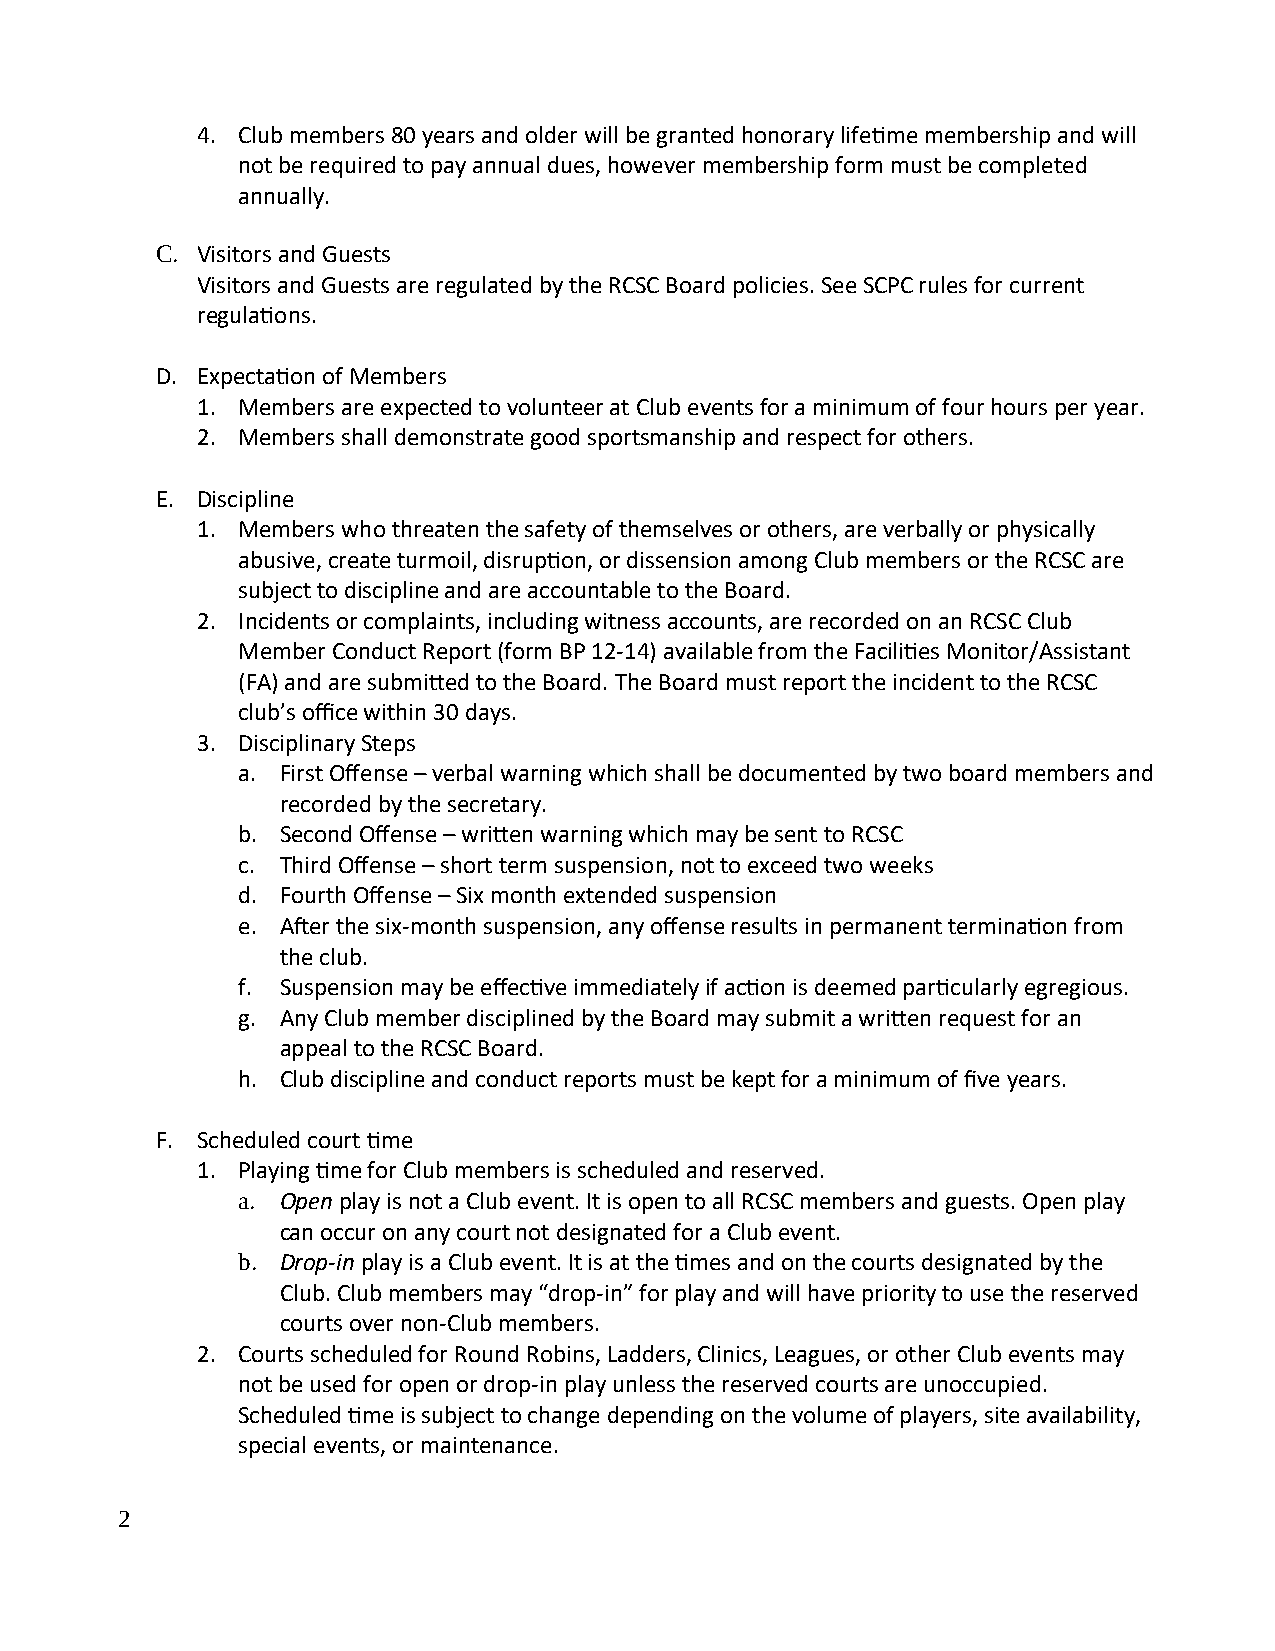
4. Club members 80 years and older will be granted honorary lifetime membership and will
 not be required to pay annual dues, however membership form must be completed
 annually.
 C. Visitors and Guests
 Visitors and Guests are regulated by the RCSC Board policies. See SCPC rules for current
 regulations.
 D. Expectation of Members
 1. Members are expected to volunteer at Club events for a minimum of four hours per year.
 2. Members shall demonstrate good sportsmanship and respect for others.
 E. Discipline
 1. Members who threaten the safety of themselves or others, are verbally or physically
 abusive, create turmoil, disruption, or dissension among Club members or the RCSC are
 subject to discipline and are accountable to the Board.
 2. Incidents or complaints, including witness accounts, are recorded on an RCSC Club
 Member Conduct Report (form BP 12-14) available from the Facilities Monitor/Assistant
 (FA) and are submitted to the Board. The Board must report the incident to the RCSC
 club’s office within 30 days.
 3. Disciplinary Steps
 a. First Offense – verbal warning which shall be documented by two board members and
 recorded by the secretary.
 b. Second Offense – written warning which may be sent to RCSC
 c. Third Offense – short term suspension, not to exceed two weeks
 d. Fourth Offense – Six month extended suspension
 e. After the six-month suspension, any offense results in permanent termination from
 the club.
 f. Suspension may be effective immediately if action is deemed particularly egregious.
 g. Any Club member disciplined by the Board may submit a written request for an
 appeal to the RCSC Board.
 h. Club discipline and conduct reports must be kept for a minimum of five years.
 F. Scheduled court time
 1. Playing time for Club members is scheduled and reserved.
 a. Open play is not a Club event. It is open to all RCSC members and guests. Open play
 can occur on any court not designated for a Club event.
 b. Drop-in play is a Club event. It is at the times and on the courts designated by the
 Club. Club members may “drop-in” for play and will have priority to use the reserved
 courts over non-Club members.
 2. Courts scheduled for Round Robins, Ladders, Clinics, Leagues, or other Club events may
 not be used for open or drop-in play unless the reserved courts are unoccupied.
 Scheduled time is subject to change depending on the volume of players, site availability,
 special events, or maintenance.
 2